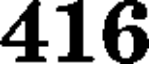
416